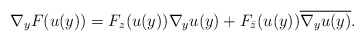
\begin{align*}\nabla_y F(u(y))=F_z(u(y))\nabla_y u(y)+F_{\bar{z}}(u(y))\overline{\nabla_y u(y)}.\end{align*}